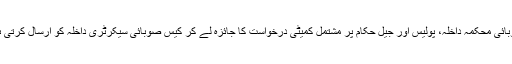
صوبائی محکمہ داخلہ، پولیس اور جیل حکام پر مشتمل کمیٹی درخواست کا جائزہ لے کر کیس صوبائی سیکرٹری داخلہ کو ارسال کرتی ہے۔